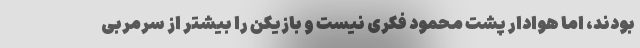
بودند، اما هوادار پشت محمود فکری نیست و بازیکن را بیشتر از سرمربی